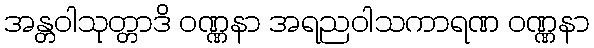
အန္တဝါသုတ္တာဒိ ဝဏ္ဏနာ အရညဝါသကာရဏ ဝဏ္ဏနာ